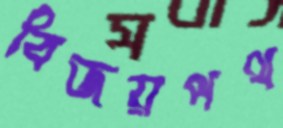
বিজয়পথ